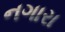
નગારા